画像に写った文字を読んでください
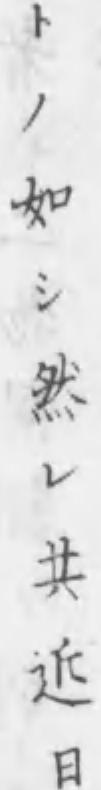
「トノ如シ然レ共近日」と書いてあります